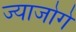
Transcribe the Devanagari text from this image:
ज्याजोगे